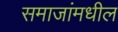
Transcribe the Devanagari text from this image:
समाजांमधील